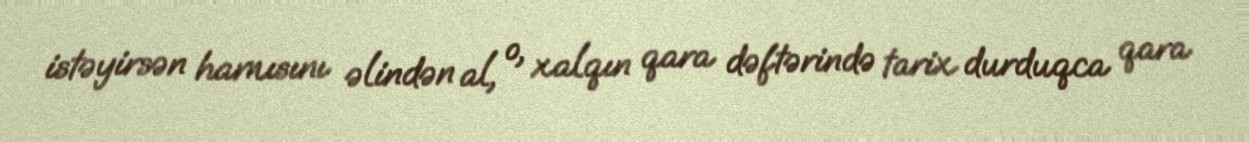
istəyirsən hamısını əlindən al, o, xalqın qara dəftərində tarix durduqca qara